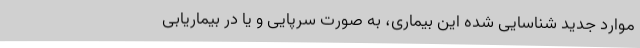
موارد جدید شناسایی شده این بیماری، به صورت سرپایی و یا در بیماریابی